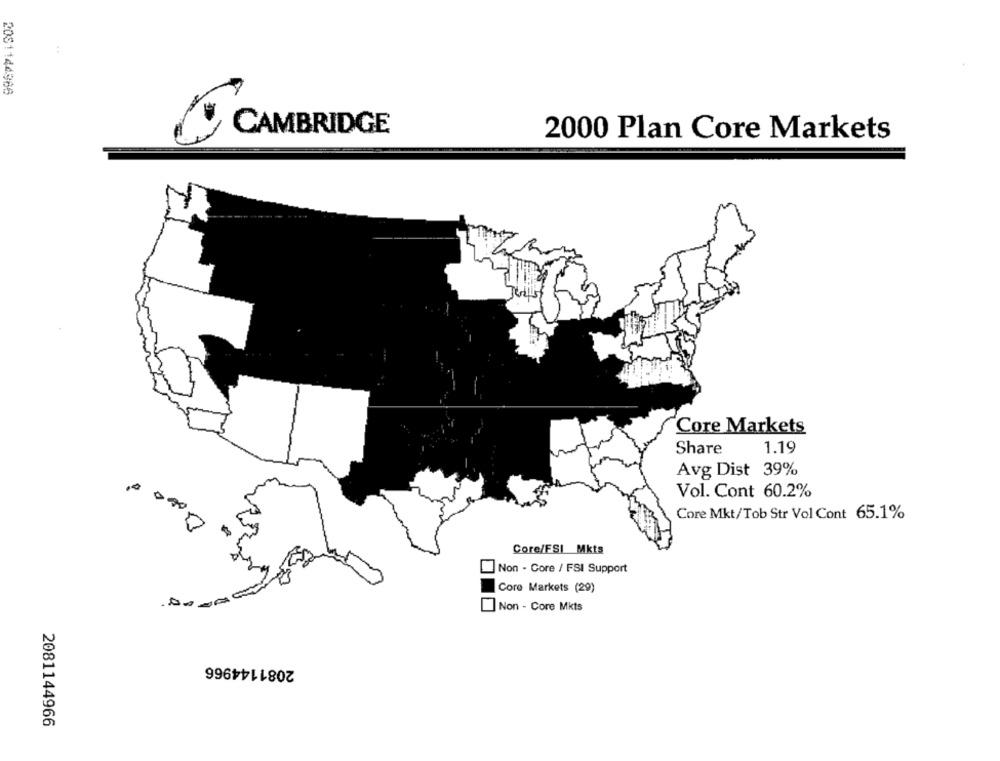
2081144986
CAMBRIDGE
2000 Plan Core Markets
Core Markets
Share
1.19
Avg Dist 39%
Vol. Cont 60.2%
Core Mkt/Tob Str Vol Cont 65.1%
Core/FSI Mkts
Non - Core / FSI Support
Core Markets (29)
Non - Core Mkts
2081144966
2081144966